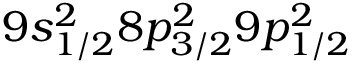
9 s _ { 1 / 2 } ^ { 2 } 8 p _ { 3 / 2 } ^ { 2 } 9 p _ { 1 / 2 } ^ { 2 }